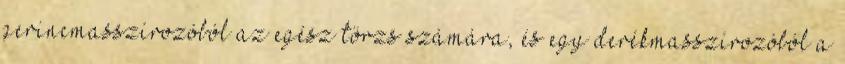
gerincmasszírozóból az egész törzs számára, és egy derékmasszírozóból a